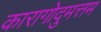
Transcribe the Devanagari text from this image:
कारागोदुमत्तम